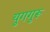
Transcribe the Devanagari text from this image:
युगगुरू